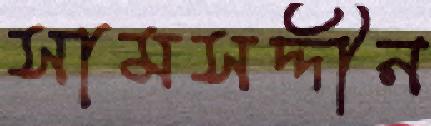
সামসদ্দীন